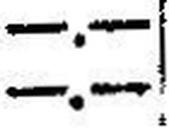
—.—